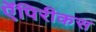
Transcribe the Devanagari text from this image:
ऐंपिरीकस